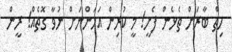
ހިތް ބާރަށް ތެޅެން ފެށީ! މީ ކުރިން އަހަންނަށް ނުވާ ގޮތެއް! ރީން